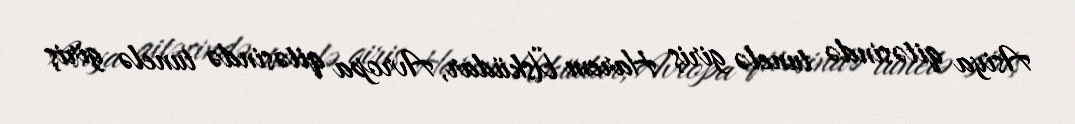
Asiya qitəsində tunelə giriş Harem Üsküdar, Avropa qitəsində tunelə giriş